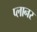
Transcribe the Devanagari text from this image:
प्‍लानर